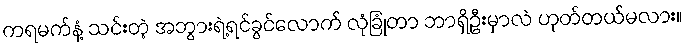
ကရမက်နံ့ သင်းတဲ့ အဘွားရဲ့ရင်ခွင်လောက် လုံခြုံတာ ဘာရှိဦးမှာလဲ ဟုတ်တယ်မလား။